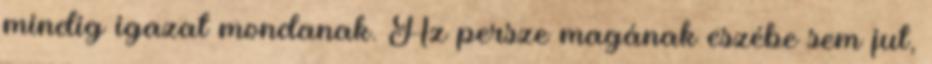
mindig igazat mondanak. Az persze magának eszébe sem jut,